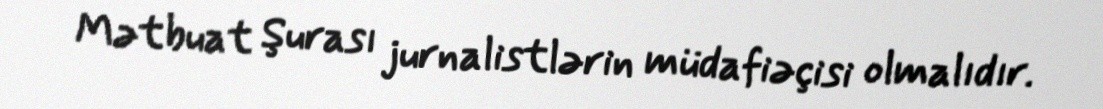
Mətbuat Şurası jurnalistlərin müdafiəçisi olmalıdır.